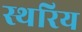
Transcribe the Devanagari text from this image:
स्थरिय